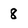
Character: 8